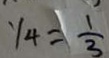
y _ { 4 } = \frac { 1 } { 3 }